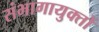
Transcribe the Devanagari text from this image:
संभागायुक्तों